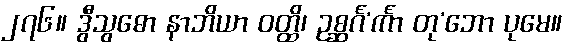
၂၇၆။ ဒွီသွဓော နာဘိယာ ဝတ္ထိ၊ ဥစ္ဆင်္ဂ’င်္ကာ တု’ဘော ပုမေ။